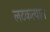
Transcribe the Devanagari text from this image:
लटकत्यात